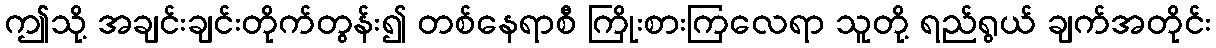
ဤသို့ အချင်းချင်းတိုက်တွန်း၍ တစ်နေရာစီ ကြိုးစားကြလေရာ သူတို့ ရည်ရွယ် ချက်အတိုင်း